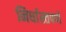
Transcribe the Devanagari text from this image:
निर्धास्तपणे